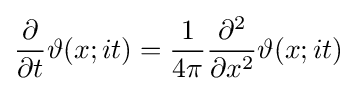
{\frac {\partial }{\partial t}}\vartheta (x;it)={\frac {1}{4\pi }}{\frac {\partial ^{2}}{\partial x^{2}}}\vartheta (x;it)